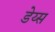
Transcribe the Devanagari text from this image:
डेय्स